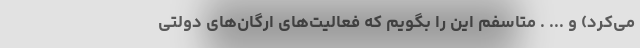
می‌کرد) و ... . متاسفم این را بگویم که فعالیت‌های ارگان‌های دولتی